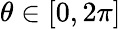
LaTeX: \theta\in\left[0,2\pi\right]